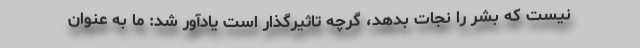
نیست که بشر را نجات بدهد، گرچه تاثیرگذار است یادآور شد: ما به عنوان